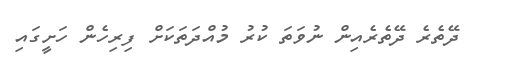
ދޭތެރެ ދޭތެރެއިން ނުވަތަ ކުރު މުއްދަތަކަށް ފިރިހެން ހަށީގައި